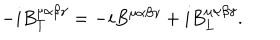
- i B _ { T } ^ { \mu \alpha \beta \gamma } = - i B ^ { \mu \alpha \beta \gamma } + i B _ { L } ^ { \mu \alpha \beta \gamma } .